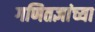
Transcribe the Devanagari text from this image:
गणितज्ञांच्या